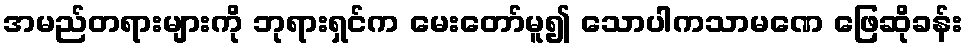
အမည်တရားများကို ဘုရားရှင်က မေးတော်မူ၍ သောပါကသာမဏေ ဖြေဆိုခန်း